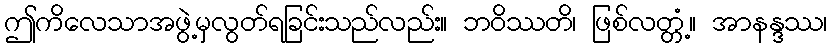
ဤကိလေသာအဖွဲ့မှလွတ်ရခြင်းသည်လည်း။ ဘဝိဿတိ၊ ဖြစ်လတ္တံ့။ အာနန္ဒဿ၊